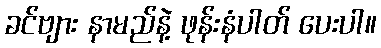
ခင်ဗျား နာမည်နဲ့ ဖုန်းနံပါတ် ပေးပါ။